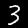
Digit: 3